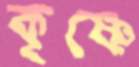
কৃষ্ণে